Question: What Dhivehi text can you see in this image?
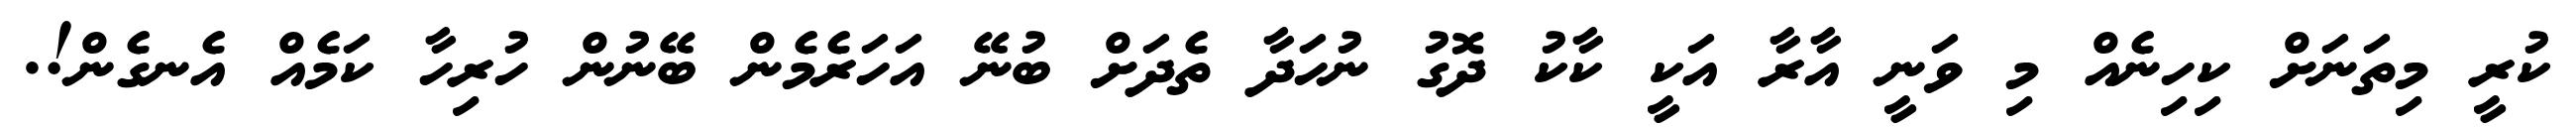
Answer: ކުރީ މިތަނަށް ކިހިނެއް މި ވަނީ އާރާ އަކީ ކާކު ދޮގު ނުހަދާ ތެދަށް ބުނޭ އަހަރެމެން ބޭނުން ހުރިހާ ކަމެއް އެނގެން!.